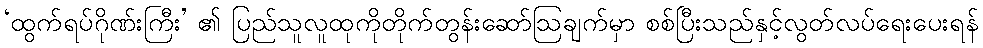
‘ထွက်ရပ်ဂိုဏ်းကြီး’ ၏ ပြည်သူလူထုကိုတိုက်တွန်းဆော်ဩချက်မှာ စစ်ပြီးသည်နှင့်လွတ်လပ်ရေးပေးရန်